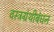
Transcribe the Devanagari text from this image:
वस्त्रग्रंथीबंधन